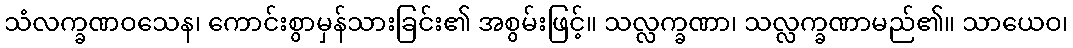
သံလက္ခဏဝသေန၊ ကောင်းစွာမှန်သားခြင်း၏ အစွမ်းဖြင့်။ သလ္လက္ခဏာ၊ သလ္လက္ခဏာမည်၏။ သာယေဝ၊